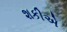
શકીએ